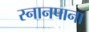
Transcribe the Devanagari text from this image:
स्नानपाना